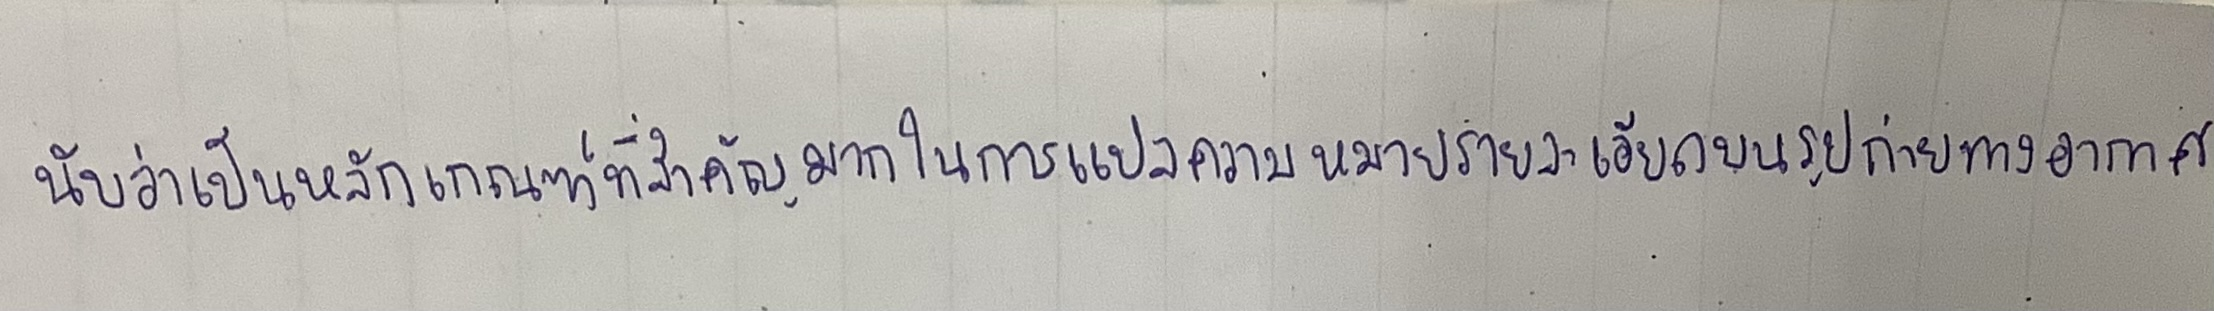
นับว่าเป็นหลักเกณฑ์ที่สำคัญมากในการแปลความหมายรายละเอียดบนรูปถ่ายทางอากาศ